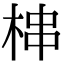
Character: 梙